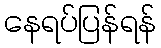
နေရပ်ပြန်ရန်